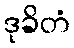
ဒုခိတံ